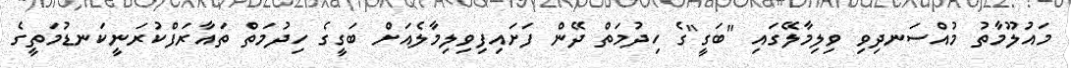
މައުލޫމާތު މުއްސަނދިވި ވިލިމާލޭގައި "ބަގީ"ގެ ހިދުމަތް ދޭން ފަށައިފިވިލިމާލެއަށް ބަގީގެ ހިދުމަތް ތައާރަފްކުރަނީކަނޑުމަތީގެ